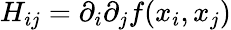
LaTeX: H_{ij}=\partial_{i}\partial_{j}f(x_{i},x_{j})